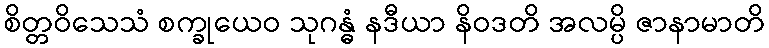
စိတ္တဝိသေသံ စက္ခုယေဝ သုဂန္ဓံ နဒီယာ နိဝဒတိ အလမ္ပိ ဇာနာမာတိ